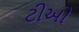
ટીઓ